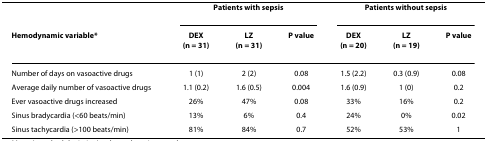
<table><thead><tr><td></td><td colspan="3"><b>Patients with sepsis</b></td><td colspan="3"><b>Patients without sepsis</b></td></tr><tr><td><b>Hemodynamic variable*</b></td><td><b>DEX(n = 31)</b></td><td><b>LZ(n = 31)</b></td><td><b><i>P </i>value</b></td><td><b>DEX(n = 20)</b></td><td><b>LZ(n = 19)</b></td><td><b><i>P </i>value</b></td></tr></thead><tbody><tr><td>Number of days on vasoactive drugs</td><td>1 (1)</td><td>2 (2)</td><td>0.08</td><td>1.5 (2.2)</td><td>0.3 (0.9)</td><td>0.08</td></tr><tr><td>Average daily number of vasoactive drugs</td><td>1.1 (0.2)</td><td>1.6 (0.5)</td><td>0.004</td><td>1.6 (0.9)</td><td>1 (0)</td><td>0.2</td></tr><tr><td>Ever vasoactive drugs increased</td><td>26%</td><td>47%</td><td>0.08</td><td>33%</td><td>16%</td><td>0.2</td></tr><tr><td>Sinus bradycardia (&lt;60 beats/min)</td><td>13%</td><td>6%</td><td>0.4</td><td>24%</td><td>0%</td><td>0.02</td></tr><tr><td>Sinus tachycardia (&gt;100 beats/min)</td><td>81%</td><td>84%</td><td>0.7</td><td>52%</td><td>53%</td><td>1</td></tr></tbody></table>